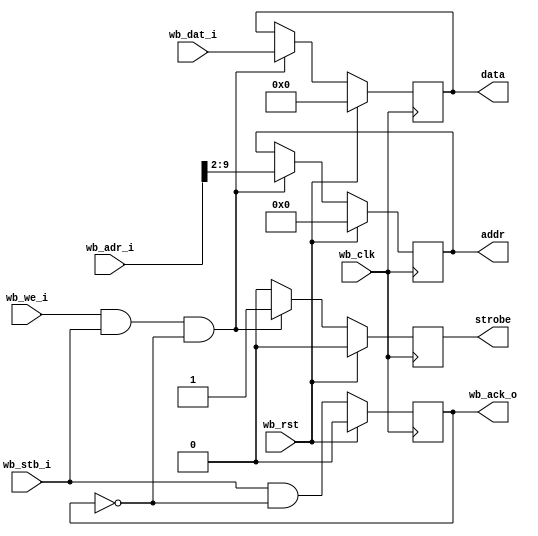
//
// Copyright 2011-2012 Ettus Research LLC
// Copyright 2018 Ettus Research, a National Instruments Company
//
// SPDX-License-Identifier: LGPL-3.0-or-later
//



// Grab settings off the wishbone bus, send them out to our simpler bus on the fast clock

module settings_bus
  #(parameter AWIDTH=16, parameter DWIDTH=32, parameter SWIDTH=8)
    (input wb_clk, 
     input wb_rst, 
     input [AWIDTH-1:0] wb_adr_i,
     input [DWIDTH-1:0] wb_dat_i,
     input wb_stb_i,
     input wb_we_i,
     output reg wb_ack_o,
     output reg strobe,
     output reg [SWIDTH-1:0] addr,
     output reg [31:0] data);

   reg 	    stb_int, stb_int_d1;
   
   always @(posedge wb_clk)
     if(wb_rst)
       begin
	  strobe <= 1'b0;
	  addr <= {SWIDTH{1'b0}};
	  data <= 32'd0;
       end
     else if(wb_we_i & wb_stb_i & ~wb_ack_o)
       begin
	  strobe <= 1'b1;
	  addr <= wb_adr_i[SWIDTH+1:2];
	  data <= wb_dat_i;
       end
     else
       strobe <= 1'b0;

   always @(posedge wb_clk)
     if(wb_rst)
       wb_ack_o <= 0;
     else
       wb_ack_o <= wb_stb_i & ~wb_ack_o;

endmodule // settings_bus